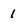
Character: 1